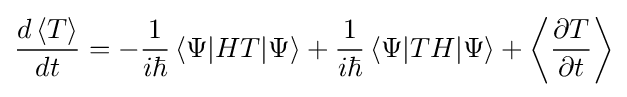
{\frac {d\left\langle T\right\rangle }{dt}}=-{\frac {1}{i\hbar }}\left\langle \Psi |HT|\Psi \right\rangle +{\frac {1}{i\hbar }}\left\langle \Psi |TH|\Psi \right\rangle +\left\langle {\frac {\partial T}{\partial t}}\right\rangle